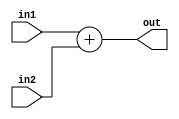

//////////////////////////////////////////////////////////////////////////////////
//	   
// Creator Name:   Sara Baradaran
// Module Name:    Adder 
// Project Name:   MIPS Microprocessor 
//
//////////////////////////////////////////////////////////////////////////////////
module Adder(in1, in2, out);

input [31:0] in1, in2;
output[31:0] out;

assign out = in1 + in2;

endmodule